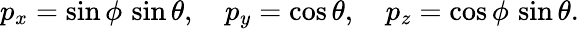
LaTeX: p_{x}=\sin\phi\, \sin\theta,\quad p_{y}=\cos\theta,\quad p_{z}=\cos\phi\, \sin\theta.